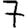
Digit: 7